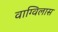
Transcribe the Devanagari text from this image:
वाग्विलास